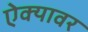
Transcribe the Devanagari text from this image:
ऐक्यावर